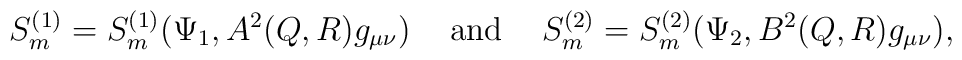
S_m^{(1)} = S_m^{(1)}(\Psi_1,A^2(Q,R)g_{\mu\nu}) \hspace{0.5cm} {\rm and}\hspace{0.5cm} S_m^{(2)} = S_m^{(2)}(\Psi_2,B^2(Q,R)g_{\mu\nu}),